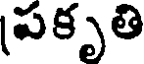
పకృతి